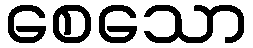
စေသော